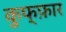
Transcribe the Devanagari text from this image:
कुफ्फ़ार